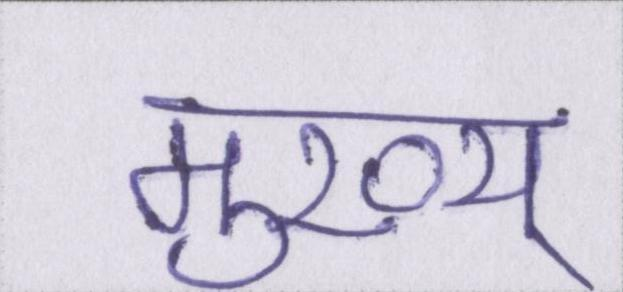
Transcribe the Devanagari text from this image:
मुख्य्